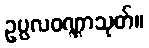
ဥပ္ပလဝဏ္ဏာသုတ်။